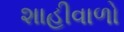
શાહીવાળો